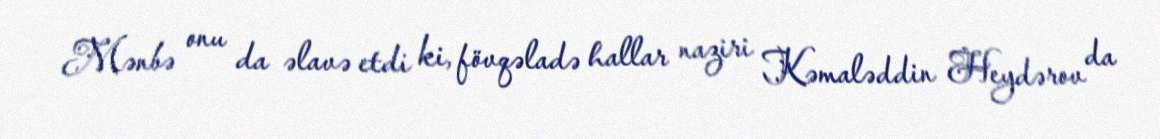
Mənbə onu da əlavə etdi ki, fövqəladə hallar naziri Kəmaləddin Heydərov da